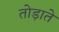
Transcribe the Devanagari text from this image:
तोड़ाते